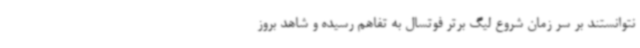
نتوانستند بر سر زمان شروع لیگ برتر فوتسال به تفاهم رسیده و شاهد بروز